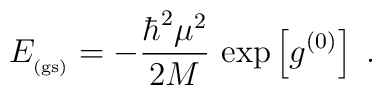
E_{_{\rm (gs)}}=- \frac{\hbar^{2}\mu^{2}}{2M}\,\exp \left[g^{(0)} \right]\;  .